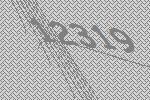
12319